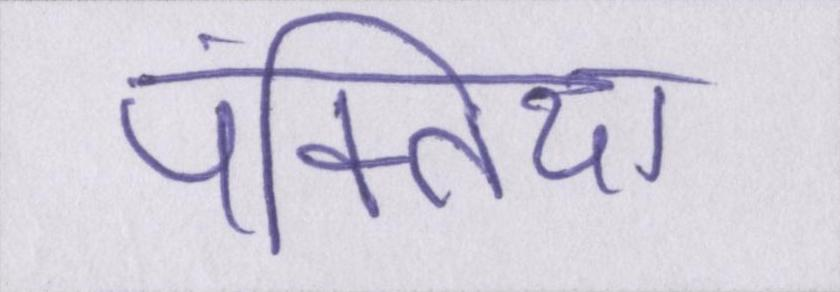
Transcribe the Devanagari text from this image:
पंक्तियां